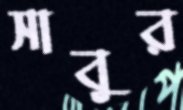
সাবুর